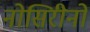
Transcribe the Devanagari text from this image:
नोसिरीनो